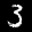
Label: 3